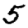
Digit: 5